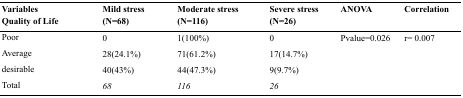
| Variables Quality of Life | Mild stress (N=68) | Moderate stress (N=116) | Severe stress (N=26) | ANOVA | Correlation |
 | --- | --- | --- | --- | --- | --- |
 | Poor | 0 | 1(100%) | 0 | Pvalue=0.026 | r= 0.007 |
 | Average | 28(24.1%) | 71(61.2%) | 17(14.7%) |  |  |
 | desirable | 40(43%) | 44(47.3%) | 9(9.7%) |  |  |
 | Total | 68 | 116 | 26 |  |  |